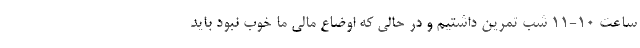
ساعت ۱۰-۱۱ شب تمرین داشتیم و در حالی که اوضاع مالی ما خوب نبود باید